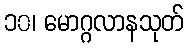
၁၀၊ မောဂ္ဂလာနသုတ်